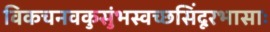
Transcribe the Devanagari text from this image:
विकचनवकुसुंभस्वच्छसिंदूरभासाः